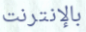
بالإنترنت